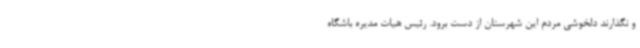
و نگذارند دلخوشی مردم این شهرستان از دست برود. رئیس هیات مدیره باشگاه